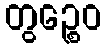
တွဉ္စေဝ